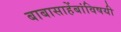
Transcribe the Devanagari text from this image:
बाबासाहेंबांविषयी